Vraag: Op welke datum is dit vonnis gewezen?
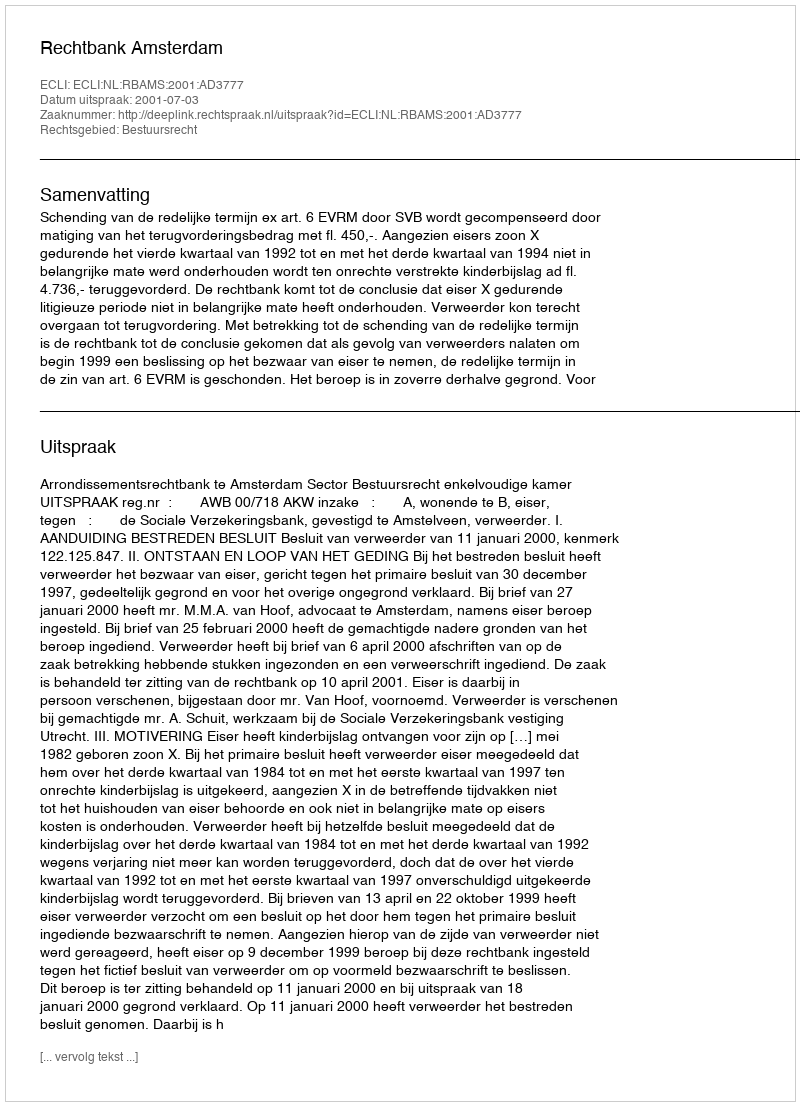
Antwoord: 2001-07-03